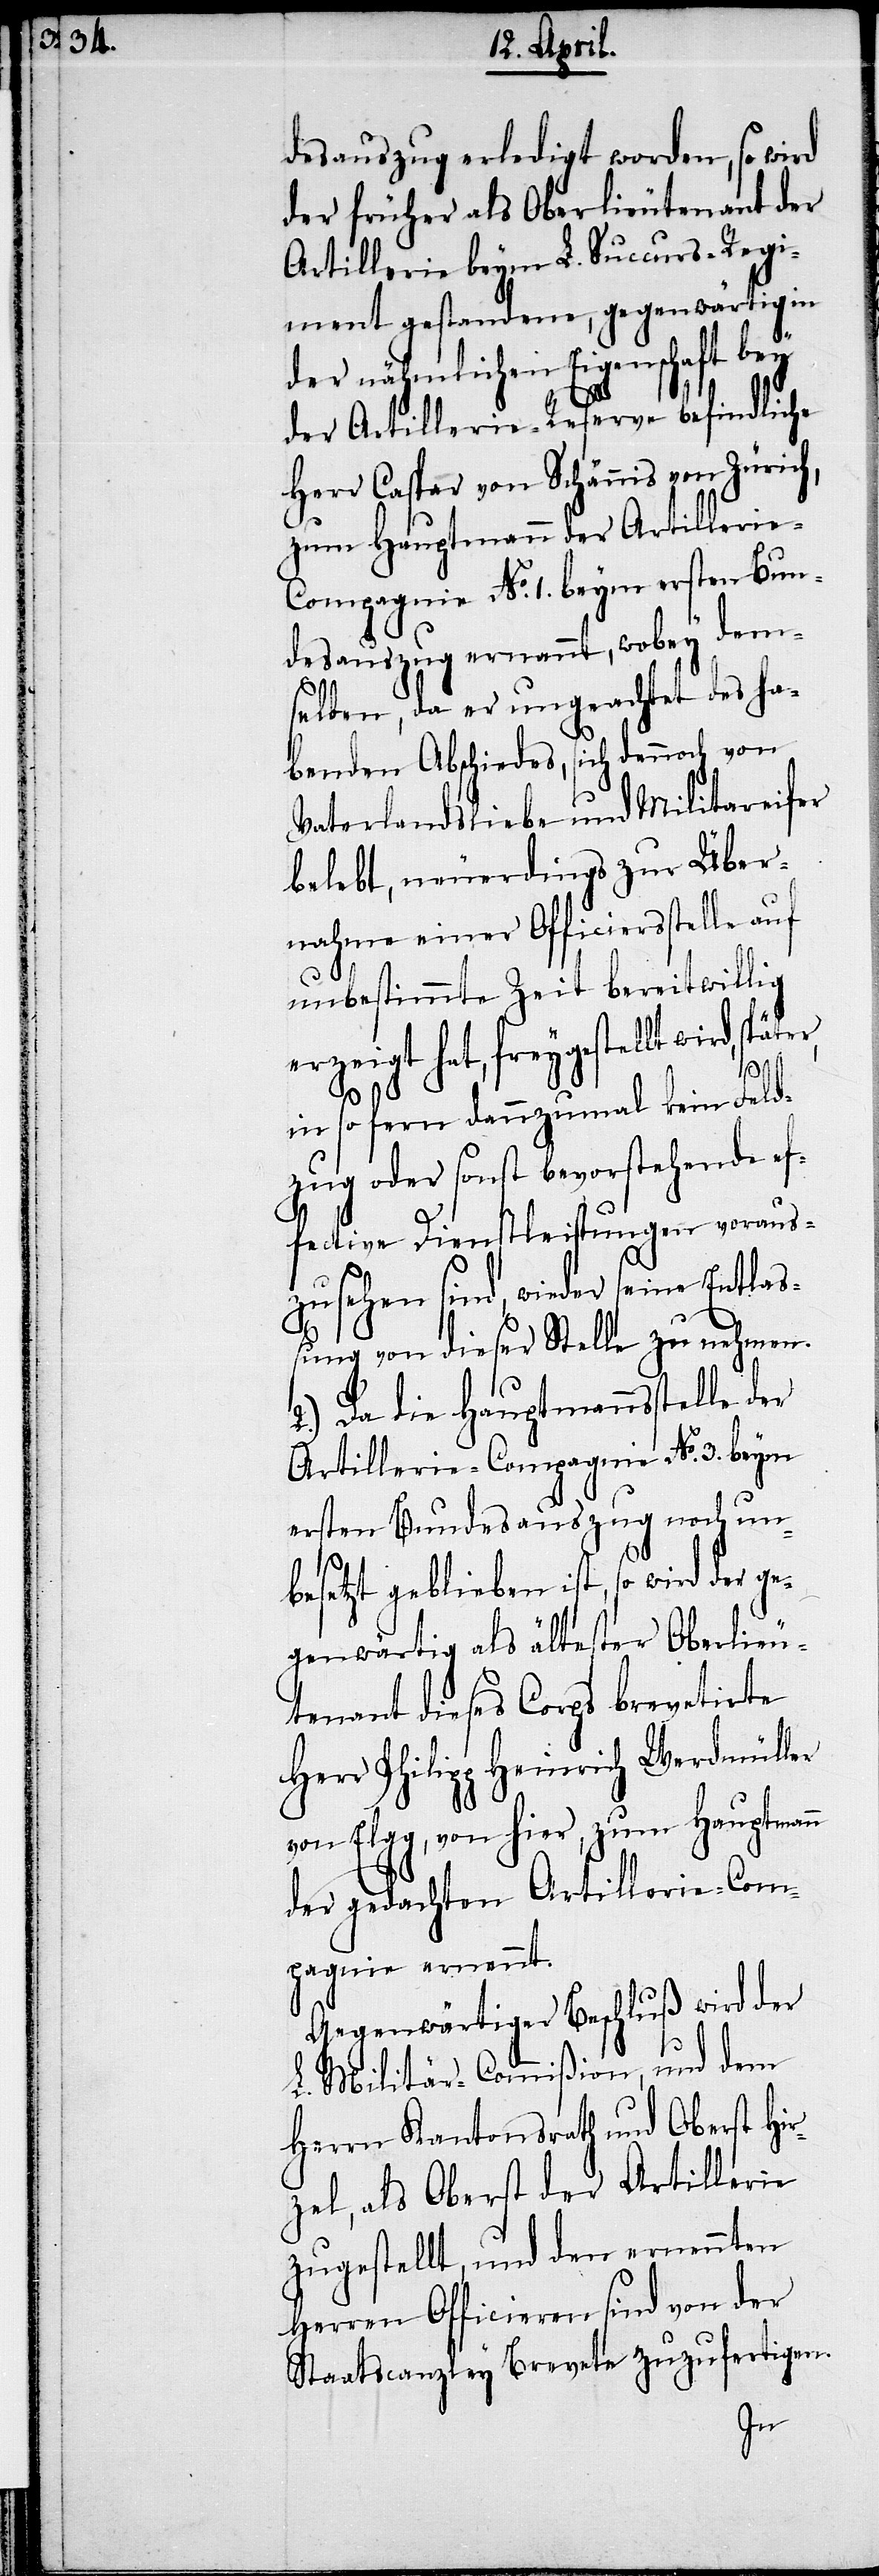
desauszug erledigt worden, so wird
der früher als Oberlieutenant der
Artillerie beym L. Succurs-Regi¬
ment gestandene, gegenwärtig in
der nähmlichen Eigenschaft bey
der Artillerie-Reserve befindliche
Herr Caspar von Schännis von Zürich,
zum Hauptmann der Artillerie-C¬
ompagnie No. 1. beym ersten Bun¬
desauszug ernannt, wobey dem¬
selben, da er ungeachtet des ha¬
benden Abschiedes, sich dennoch von
Vaterlandsliebe und Militareifer
belebt, neuerdings zur Über¬
nahme einer Officiersstelle auf
unbestimmte Zeit bereitwillig
erzeigt hat, freygestellt wird, späte¬
r,
in so fern dannzumal kein Feld¬
zug oder sonst bevorstehende ef¬
fective Dienstleistungen voraus¬
zusehen sind, wieder seine Entlaß¬
ung von dieser Stelle zu nehmen.
2.) Da die Hauptmannsstelle der
Artillerie-Compagnie No. 3. beym
ersten Bundesauszug noch un¬
besetzt geblieben ist, so wird der g¬
egenwärtig als ältester Oberlieu¬
tenant dieses Corps brevetirte
Herr Philipp Heinrich Werdmüller
von Elgg, von hier, zum Hauptmann
der gedachten Artillerie-Com¬
pagnie ernennt.
Gegenwärtiger Beschluß wird der
L. Militär-Commißion, und dem
Herrn Kantonsrath und Oberst Hir¬
zel, als Oberst der Artillerie
zugestellt, und den ernennten
Herren Officieren sind von der
Staatscanzley Brevete zuzufertigen.